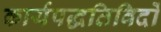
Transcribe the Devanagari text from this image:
कार्यपद्धतिविदों